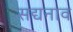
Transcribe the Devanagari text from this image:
सद्यनाव